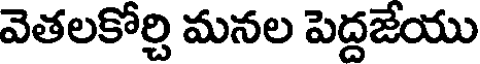
వెతలకోర్చి మనల పెద్దజేయు